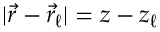
| \vec { r } - \vec { r } _ { \ell } | = z - z _ { \ell }